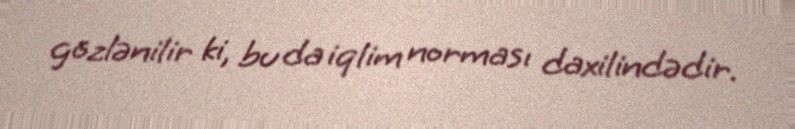
gözlənilir ki, bu da iqlim norması daxilindədir.